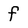
Character: f